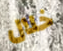
خلال